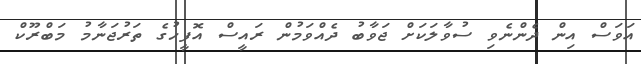
އަވަސް އިން ދެންނެވި ސުވާލަަކަށް ޖަވާބު ދެއްވަމުން ރައީސް އޮފީހުގެ ތަރުޖަނާމު މަބްރޫކް